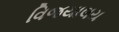
વિજયાલય